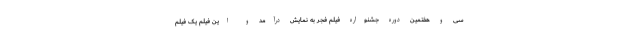
سی و هفتمین دوره جشنواره فیلم فجر به نمایش درآمد و این فیلم یک فیلم